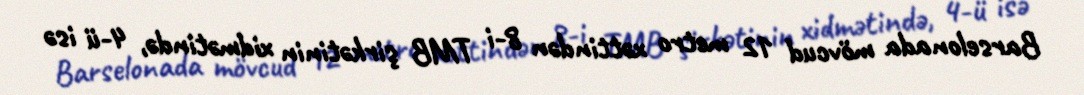
Barselonada mövcud 12 metro xəttindən 8-i TMB şirkətinin xidmətində, 4-ü isə